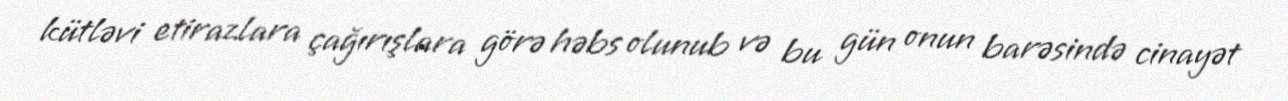
kütləvi etirazlara çağırışlara görə həbs olunub və bu gün onun barəsində cinayət